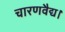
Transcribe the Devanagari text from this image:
चारणवैद्य।